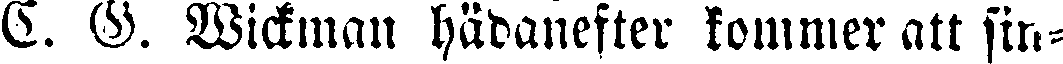
C. G. Wickman hädanefter kommer att sin-